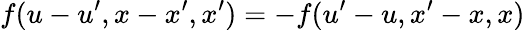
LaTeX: \displaystyle f(u-u^{\prime},x-x^{\prime},x^{\prime})=-f(u^{\prime}-u,x^{\prime}-x,x)